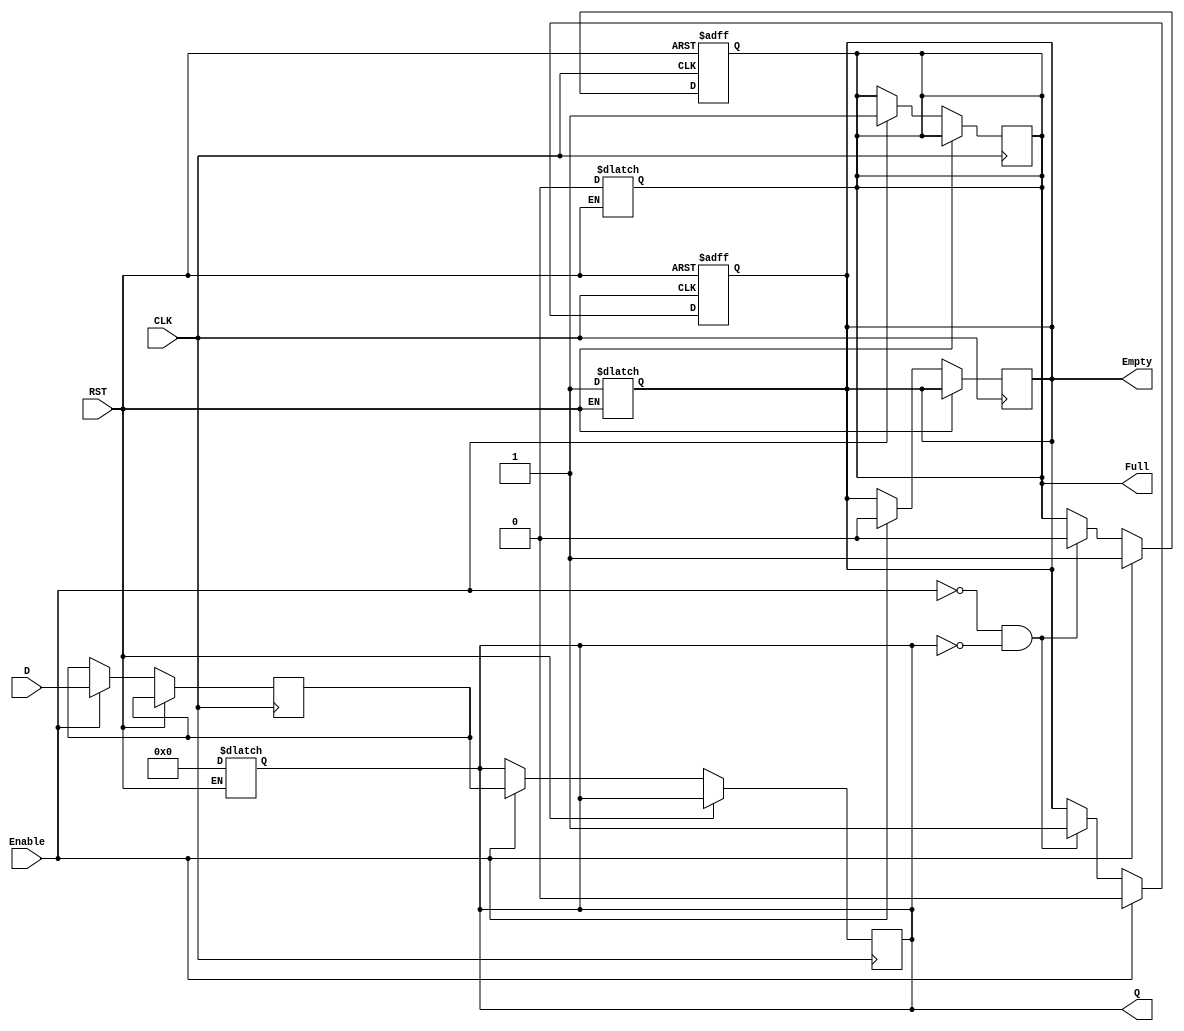
module BarrierRegister #(
    parameter WIDTH = 8  // Width of the data input/output
)(
    input wire [WIDTH-1:0] D,      // Data input
    input wire Enable,              // Control signal to load data
    input wire CLK,                 // Clock signal
    input wire RST,                 // Asynchronous reset
    output reg [WIDTH-1:0] Q,       // Data output
    output reg Full,                // Status flag: indicates if the register is full
    output reg Empty                // Status flag: indicates if the register is empty
);

    // Internal signal to hold the data
    reg [WIDTH-1:0] data_storage;

    // Asynchronous reset logic
    always @(*) begin
        if (RST) begin
            Q <= 0;                   // Clear output on reset
            Full <= 0;               // Register is empty after reset
            Empty <= 1;              // Register is empty after reset
        end
    end

    // Synchronous logic to load data on clock edge
    always @(posedge CLK) begin
        if (RST) begin
            // Reset logic handled above
        end else if (Enable) begin
            data_storage <= D;        // Load data into storage
            Q <= data_storage;        // Update output
            Full <= 1;                // Register is considered full after loading
            Empty <= 0;               // Register is not empty after loading
        end
    end

    // Logic to update Empty and Full flags
    always @(posedge CLK or posedge RST) begin
        if (RST) begin
            Full <= 0;
            Empty <= 1;
        end else begin
            // Update flags based on the state of the register
            if (Enable) begin
                Full <= 1;
                Empty <= 0;
            end else if (!Enable && (Q == 0)) begin
                Full <= 0;
                Empty <= 1;
            end
        end
    end

endmodule